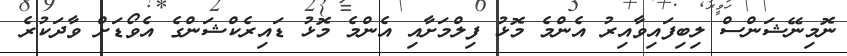
ނޮމިނޭޝަންސް ލިބިފައިވާއިރު އެންމެ މޮޅު ފިލްމަށާއި އެންމެ މޮޅު ޑައިރެކްޝަންގެ އެވޯޑަށް ވާދަކުރެ